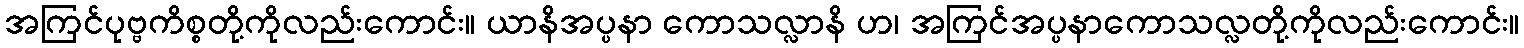
အကြင်ပုဗ္ဗကိစ္စတို့ကိုလည်းကောင်း။ ယာနိအပ္ပနာ ကောသလ္လာနိ ဟ၊ အကြင်အပ္ပနာကောသလ္လတို့ကိုလည်းကောင်း။